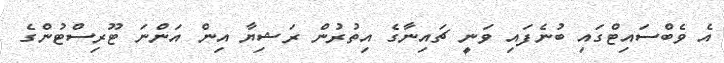
އެ ވެބްސައިޓްގައި ބުނެފައި ވަނީ ޗައިނާގެ އިތުރުން ރަޝިޔާ އިން އަންނަ ޓޫރިސްޓުންގެ